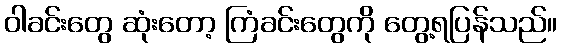
ဝါခင်းတွေ ဆုံးတော့ ကြံခင်းတွေကို တွေ့ရပြန်သည်။